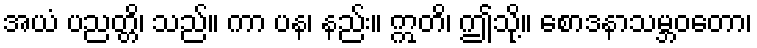
အယံ ပညတ္တိ၊ သည်။ ကာ ပန၊ နည်း။ ဣတိ၊ ဤသို့။ စောဒနာသမ္ဘဝတော၊